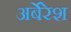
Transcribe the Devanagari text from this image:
अर्बेरेश